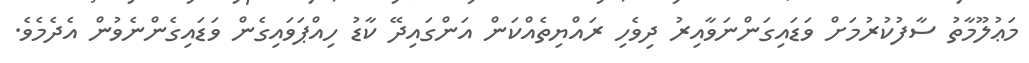
މަޢުލޫމާތު ސާފުކުރުމަށް ވަޑައިގަންނަވާއިރު ދިވެހި ރައްޔިތެއްކަން އަންގައިދޭ ކާޑު ހިއްޕަވައިގެން ވަޑައިގެންނެވުން އެދެމެވެ.